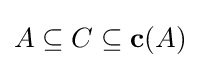
A\subseteq C\subseteq \mathbf {c} (A)